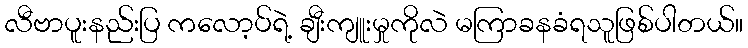
လီဗာပူးနည်းပြ ကလော့ပ်ရဲ့ ချီးကျူးမှုကိုလဲ မကြာခနခံရသူဖြစ်ပါတယ်။